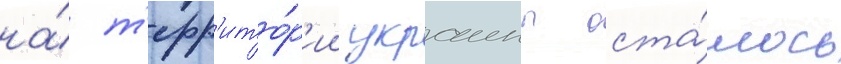
на́ т'ерр'ито́р'ии украины оста́лось